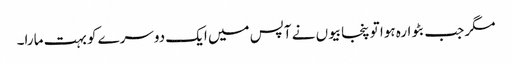
مگر جب بٹوارہ ہوا تو پنجابیوں نے آپس میں ایک دوسرے کو بہت مارا۔